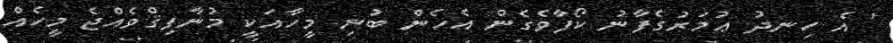
' އެ ހިނދު ޢުމަރުގެފާނު ކޯފާވެގެން އެހެން ބުނި މީހާއަކީ މުނާފިޤްވެއްޖެ މީހެއް